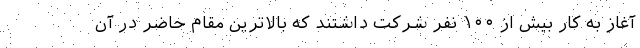
آغاز به کار بیش از ۱۰۰ نفر شرکت داشتند که بالاترین مقام حاضر در آن